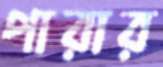
পারার